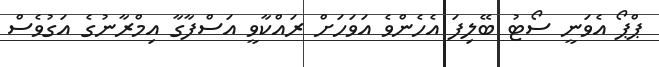
ޕްޕޯ އެވަނީ ސޯޓު ބޭލިފަ އެހެންވެ އަވަހަށް ރައްކާވީ އަސްފާގާ އިމްރާނުގެ އަގުވެސް